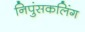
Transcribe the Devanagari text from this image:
निपुंसकलिंग